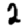
Digit: 2